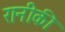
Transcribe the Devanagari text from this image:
रानीकी